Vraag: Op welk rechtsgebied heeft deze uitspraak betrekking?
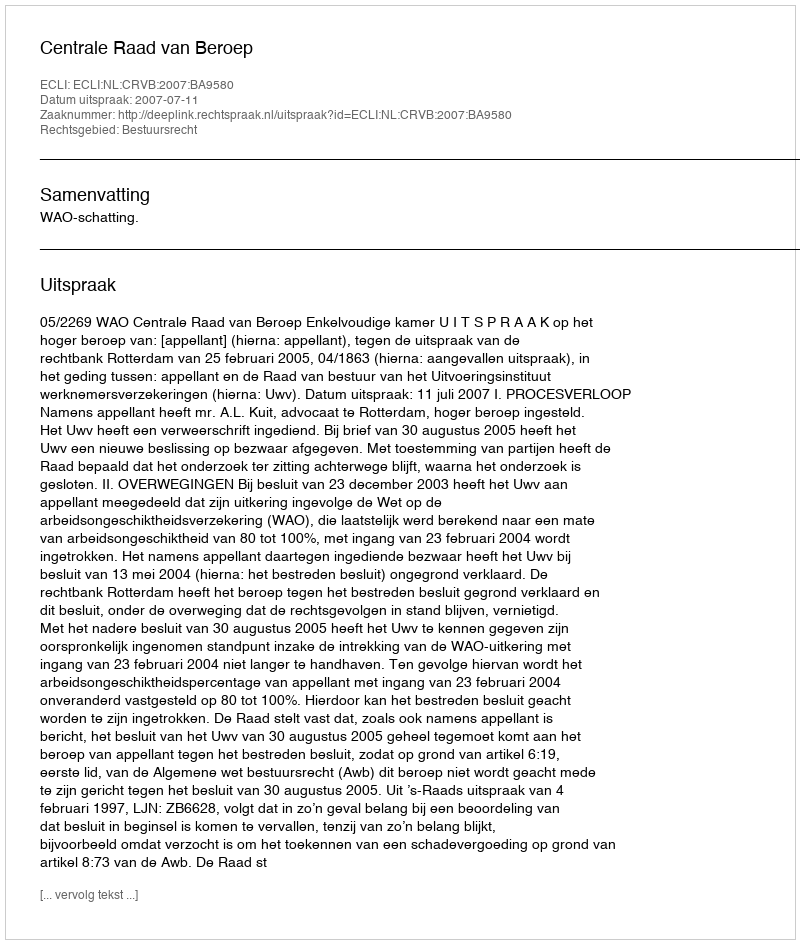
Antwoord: Bestuursrecht